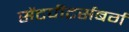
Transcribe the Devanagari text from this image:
सेंटपीटर्सबर्ग